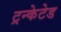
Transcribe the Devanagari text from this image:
ट्रन्केटेड